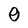
Character: 0